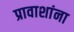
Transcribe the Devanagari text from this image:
प्रावाशांना